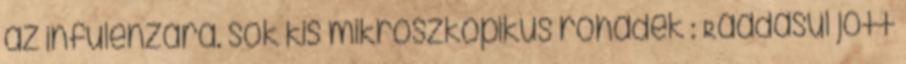
az infulenzára. sok kis mikroszkopikus rohadék : Ráadásul jött